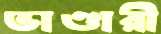
ভাণ্ডারী